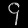
Digit: ၄